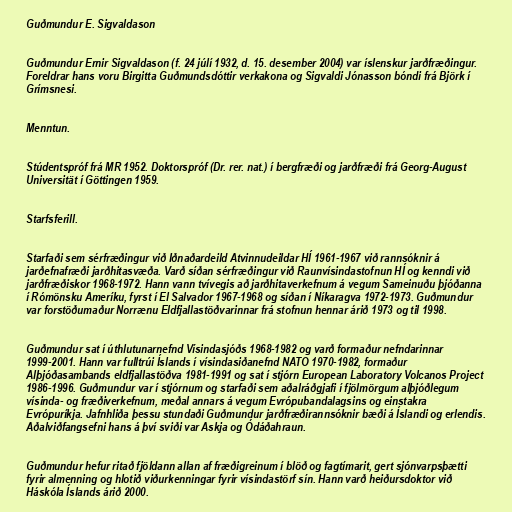
Guðmundur E. Sigvaldason

Guðmundur Ernir Sigvaldason (f. 24 júlí 1932, d. 15. desember 2004) var íslenskur jarðfræðingur.
Foreldrar hans voru Birgitta Guðmundsdóttir verkakona og Sigvaldi Jónasson bóndi frá Björk í
Grímsnesi.

Menntun.

Stúdentspróf frá MR 1952. Doktorspróf (Dr. rer. nat.) í bergfræði og jarðfræði frá Georg-August
Universität í Göttingen 1959.

Starfsferill.

Starfaði sem sérfræðingur við Iðnaðardeild Atvinnudeildar HÍ 1961-1967 við rannsóknir á
jarðefnafræði jarðhitasvæða. Varð síðan sérfræðingur við Raunvísindastofnun HÍ og kenndi við
jarðfræðiskor 1968-1972. Hann vann tvívegis að jarðhitaverkefnum á vegum Sameinuðu þjóðanna
í Rómönsku Ameríku, fyrst í El Salvador 1967-1968 og síðan í Níkaragva 1972-1973. Guðmundur
var forstöðumaður Norrænu Eldfjallastöðvarinnar frá stofnun hennar árið 1973 og til 1998.

Guðmundur sat í úthlutunarnefnd Vísindasjóðs 1968-1982 og varð formaður nefndarinnar
1999-2001. Hann var fulltrúi Íslands í vísindasiðanefnd NATO 1970-1982, formaður
Alþjóðasambands eldfjallastöðva 1981-1991 og sat í stjórn European Laboratory Volcanos Project
1986-1996. Guðmundur var í stjórnum og starfaði sem aðalráðgjafi í fjölmörgum alþjóðlegum
vísinda- og fræðiverkefnum, meðal annars á vegum Evrópubandalagsins og einstakra
Evrópuríkja. Jafnhliða þessu stundaði Guðmundur jarðfræðirannsóknir bæði á Íslandi og erlendis.
Aðalviðfangsefni hans á því sviði var Askja og Ódáðahraun.

Guðmundur hefur ritað fjöldann allan af fræðigreinum í blöð og fagtímarit, gert sjónvarpsþætti
fyrir almenning og hlotið viðurkenningar fyrir vísindastörf sín. Hann varð heiðursdoktor við
Háskóla Íslands árið 2000.